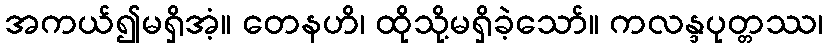
အကယ်၍မရှိအံ့။ တေနဟိ၊ ထိုသို့မရှိခဲ့သော်။ ကလန္ဒပုတ္တဿ၊